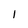
Character: 1